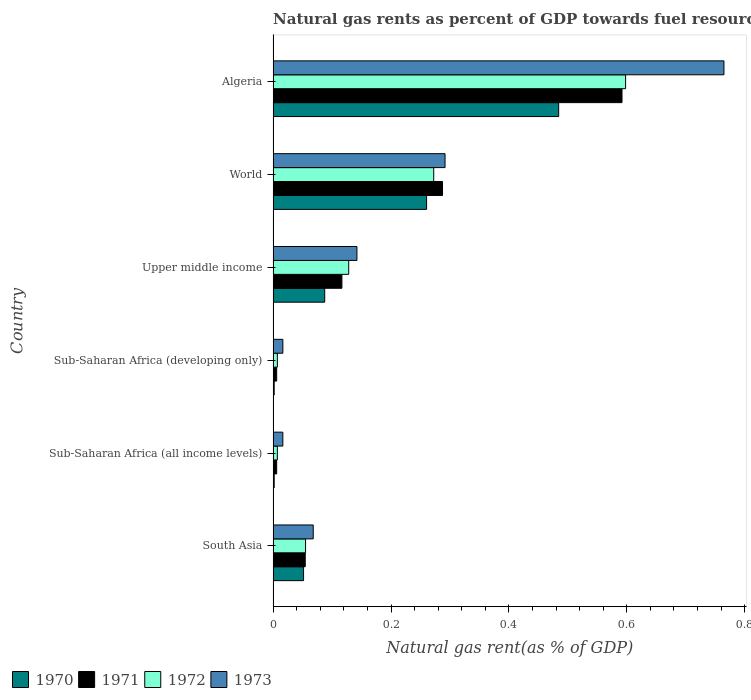
| Country | 1970 | 1971 | 1972 | 1973 |
 | --- | --- | --- | --- | --- |
 | South Asia | 0.0516 | 0.0545 | 0.055 | 0.0681 |
 | Sub-Saharan Africa (all income levels) | 0.00181 | 0.006 | 0.00717 | 0.0165 |
 | Sub-Saharan Africa (developing only) | 0.00181 | 0.00601 | 0.00718 | 0.0165 |
 | Upper middle income | 0.0876 | 0.117 | 0.128 | 0.142 |
 | World | 0.26 | 0.287 | 0.272 | 0.292 |
 | Algeria | 0.484 | 0.592 | 0.598 | 0.765 |